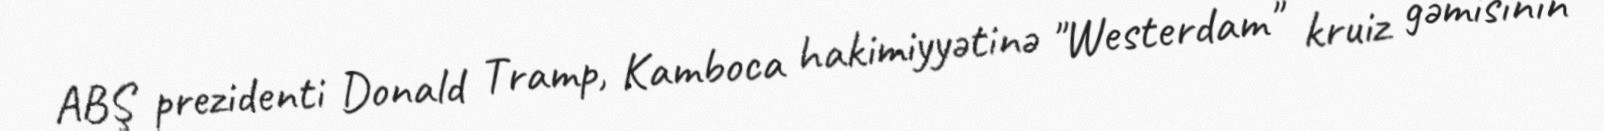
ABŞ prezidenti Donald Tramp, Kamboca hakimiyyətinə "Westerdam" kruiz gəmisinin